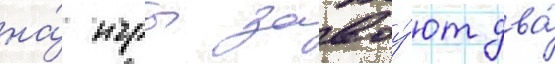
на́ игры завоу́ют два́